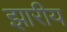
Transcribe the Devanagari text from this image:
झारीय